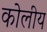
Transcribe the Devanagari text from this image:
कोलीय